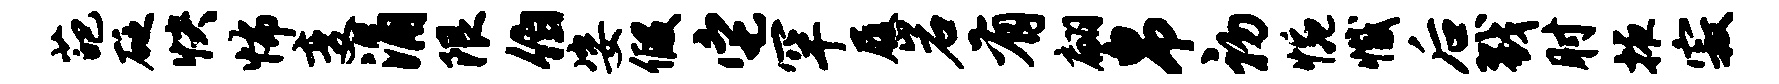
葩砭快怖变涌限伯姿假它罕履岩有翩帛初惋撼后戮肘掖寂